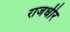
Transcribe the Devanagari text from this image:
राजधीर